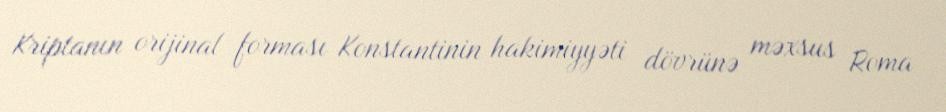
Kriptanın orijinal forması Konstantinin hakimiyyəti dövrünə məxsus Roma